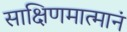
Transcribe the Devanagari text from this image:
साक्षिणमात्मानं